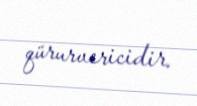
qürurvericidir.